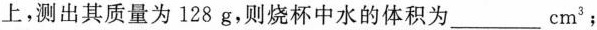
上，测出其质量为128g，则烧杯中水的体积为____cm^{3}；